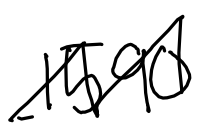
Text: 1590
Cross-out: zig-zag
Writing tool: digital_black